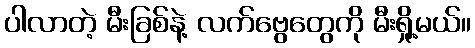
ပါလာတဲ့ မီးခြစ်နဲ့ လက်ဗွေတွေကို မီးရှို့မယ်။